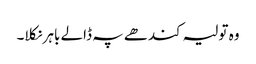
وہ تولیہ کندھے پہ ڈالے باہر نکلا۔